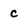
Character: c